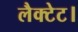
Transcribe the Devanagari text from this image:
लैक्टेट।